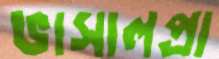
ভাসালপ্রা